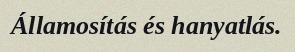
Államosítás és hanyatlás.